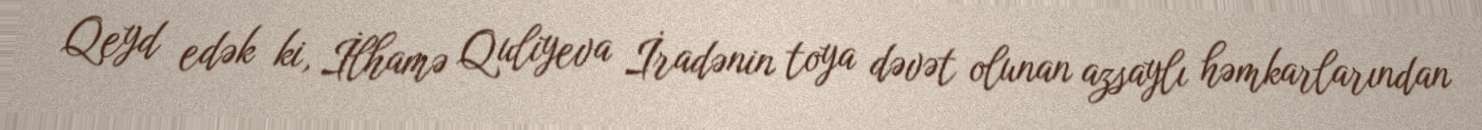
Qeyd edək ki, İlhamə Quliyeva İradənin toya dəvət olunan azsaylı həmkarlarından